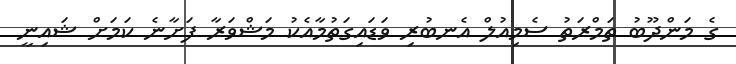
ގެ މަންދޫބު ތަމްރަތު ސެމިއުލް އެނބުރި ވަޑައިގަތުމާއެކު މަޝްވަރާ ފަށާނެ ކަމަށް ޝައިނީ